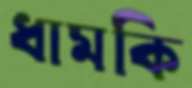
ধামকি